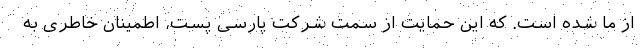
از ما شده است. که این حمایت از سمت شرکت پارسی پست، اطمینان خاطری به